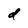
Character: d